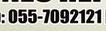
055-7092121